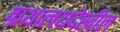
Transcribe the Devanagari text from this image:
ग्रंथालयदेखील